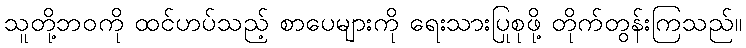
သူတို့ဘဝကို ထင်ဟပ်သည့် စာပေများကို ရေးသားပြုစုဖို့ တိုက်တွန်းကြသည်။